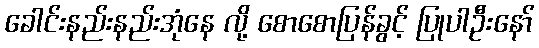
ခေါင်းနည်းနည်းအုံနေ လို့ စောစောပြန်ခွင့် ပြုပါဦးနော်